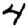
Digit: 4